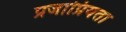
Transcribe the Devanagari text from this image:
प्रजाप्रियता